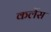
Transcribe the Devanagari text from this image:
कर्लेस